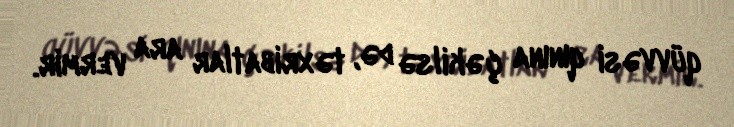
qüvvəsi qınına çəkilsə də, təxribatlar ara vermir.